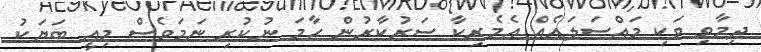
ދިމާވި ވަކި މައްސަލައެއް އެމެރިކާ ސަރުކާރުން ހާމަ ނުކުރި ނަމަވެސް މިއީ ބަޔަކު